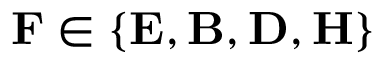
\boldsymbol { \mathbf { F } } \in \{ \boldsymbol { \mathbf { E } } , \boldsymbol { \mathbf { B } } , \boldsymbol { \mathbf { D } } , \boldsymbol { \mathbf { H } } \}